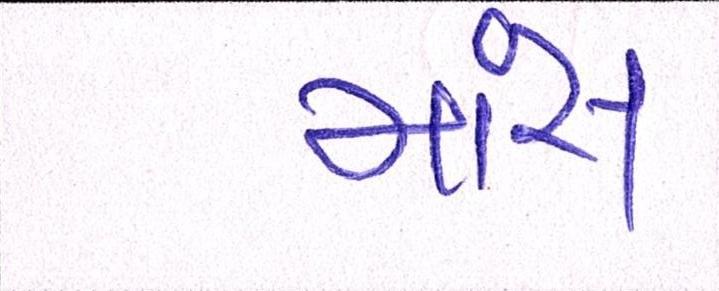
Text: માંસ